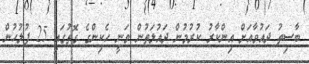
ބާސިތު ދައުވާއަށް އިންކާރު ކުރުމުން ދައުލަތުން ވަނީ ހެކިންގެ ގޮތުގައި 25 ފުލުހުން